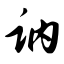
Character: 讷